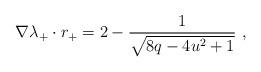
LaTeX: \begin{align*}\nabla\lambda_+\cdot r_+ = 2-\frac{1}{\sqrt{8q-4u^2+1}} \ ,\end{align*}